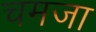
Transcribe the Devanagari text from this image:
चमजा